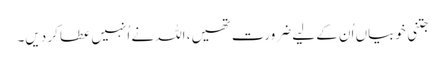
جتنی خوبیاں اُن کے لیے ضرورت تھیں، اللہ نے اُنہیں عطا کر دیں۔